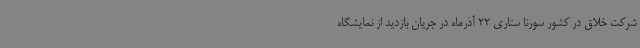
شرکت خلاق در کشور سورنا ستاری 22 آذرماه در جریان بازدید از نمایشگاه